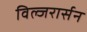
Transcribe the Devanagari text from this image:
विल्जरार्सन